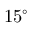
1 5 ^ { \circ }